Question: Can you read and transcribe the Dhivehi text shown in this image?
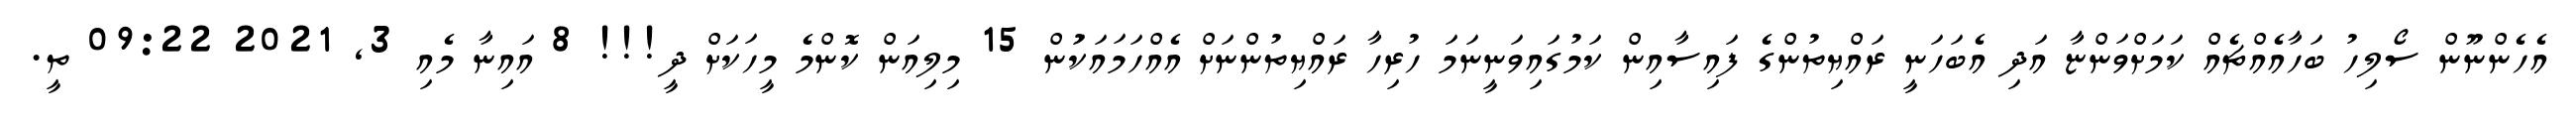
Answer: އެހެންނޫން ސޯލިހު ބަހާއެއްޗެއް ކަމަށްވަންޏާ އަދި އެބަހަނީ ރައްޔިތުންގެ ފައިސާއިން ކަމުގައިވަނީނަމަ ހުރިހާ ރައްޔިތުންނަށް އެއްހަމައަކަުން 15 މިލިއަން ކޮންމެ މީހަކަށް ދީ!!! 8 އައިނާ މެއި 3, 2021 09:22 ތީ.